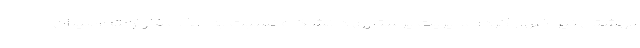
بهشتی نیز اظهار کرد: مدیریت پرستاری دانشگاه نسبت به جذب فارغ‌التحصیلان